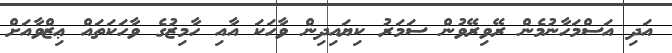
އަދި އަސްމަހާނުމެން ރޭވިރޭވުން ސަމަރު ކިޔައިދިން ވާހަކަ އާއި ހާމިޒުގެ ވާހަކަތައް ޢިޒްވާއަށް